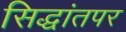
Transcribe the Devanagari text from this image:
सिद्धांतपर